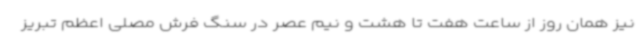
نیز همان روز از ساعت هفت تا هشت و نیم عصر در سنگ فرش مصلی اعظم تبریز